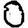
Digit: 0